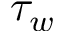
\tau _ { w }